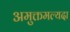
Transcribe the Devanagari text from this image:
अमुक्तमल्यदा